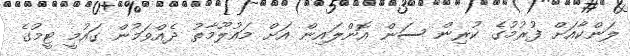
ލަންކާއަށް ފުރުމުގެ ކުރިން ސަން އޮންލައިން އަށް މައުލޫމާތު ދެއްވަމުން ގައުމީ ޓީމުގެ